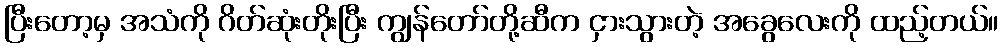
ပြီးတော့မှ အသံကို ဂိတ်ဆုံးတိုးပြီး ကျွန်တော်တို့ဆီက ငှားသွားတဲ့ အခွေလေးကို ထည့်တယ်။